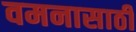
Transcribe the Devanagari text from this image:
वमनासाठी